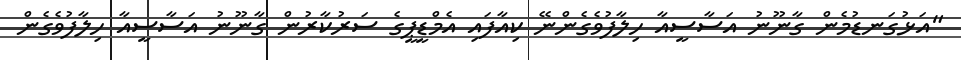
"އަޅުގަނޑުމެން ގާނޫނު އަސާސީއާ ހިލާފުވެގެންނޭ ކިއާފައި އެމްޑީޕީގެ ސަރުކާރުން ގާނޫނު އަސާސީއާ ހިލާފުވެގެން